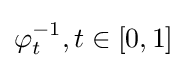
\varphi _{t}^{-1},t\in [0,1]